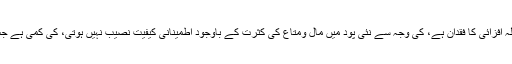
اصل میں یہ تربیت جس میں مثبت سوچ، یقین محکم اور حوصلہ افزائی کا فقدان ہے، کی وجہ سے نئی پود میں مال ومتاع کی کثرت کے باوجود اطمینانی کیفیت نصیب نہیں ہوتی، کی کمی ہے جس کی وجہ سے اطمینان اور حوصلے کی کمی پائی جاتی ہے۔